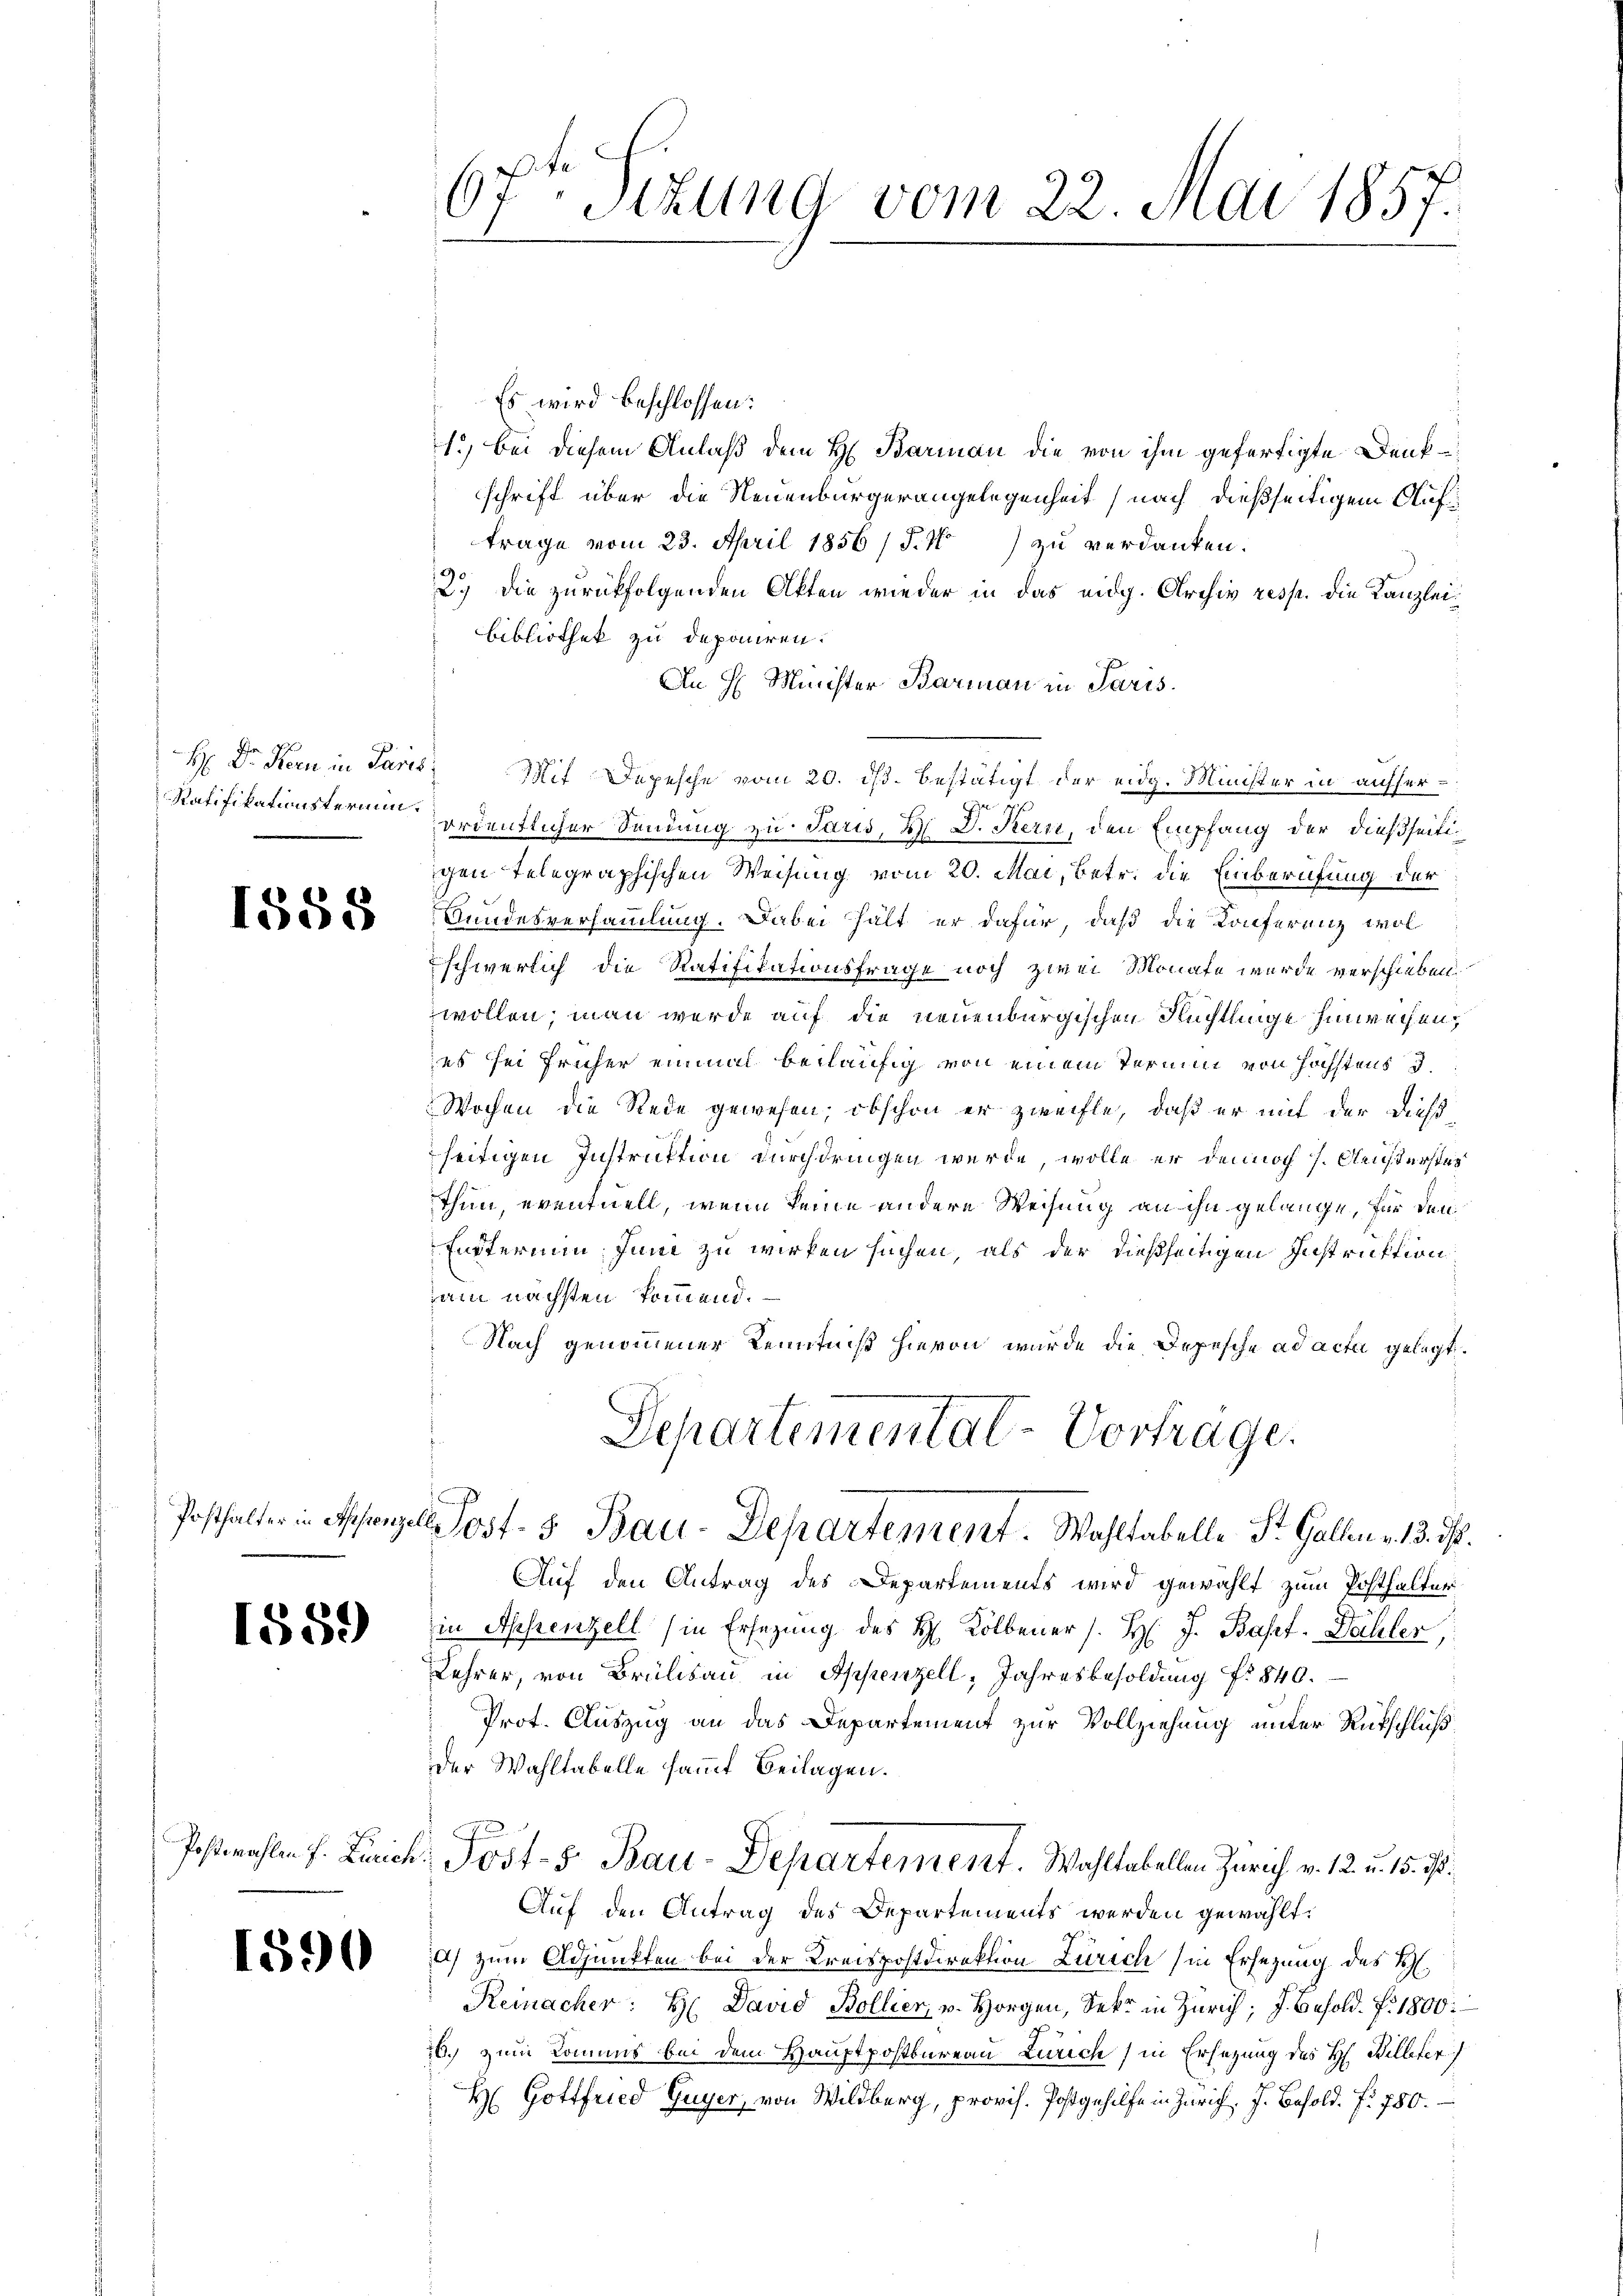
H: Dr. Kern in Paris
Ratifikationstermin.

1555

1859

Postwahlen f. Zürich.

1590

67ten Sitzung vom 22. Mai 1857.

Es wird beschlossen:
1.) bei diesem Anlaß dem H. Barmann die von ihm gefertigte Denkschrift über die Neuenburgerangelegenheit (nach dießseitigem Auftrage vom 23. April 1856 /F. 4) zu verdanken.
29 die zurückfolgenden Akten wieder in das eidg. Archiv resp. die Kanzlei¬
Bibliothek zu deponiren.
An H. Minister Barman in Paris.
Mit Depesche vom 20. ds. bestätigt der eidg. Minister in aufferordentlicher Sendung zu Paris, M. D. Kern, den Empfang der dießseitigen telegraphischen Weisung vom 20. Mai, betr. die Einberufung der
Rundesversammlung. Dabei hält er dafür, daß die Konferenz wol
schwerlich die Ratifikationsfrage noch zwei Monate wurde verschieben.
wollen; man werde auf die neuenburgischen Flüchtlinge hinweisen,
es sei früher einmal beiläufig von einem Termin von höchstens d
Wochen die Rede gewesen; obschon er zweifle, daß er mit der dieß
seitigen Instruktion durchdringen werde, wolle er dennoch 7. Aesterstes
thun, eventuell, wenn keine andere Weisung an ihn gelange, für den
Enterium Juni zu wirken suchen, als der dießseitigen Instruktion
jam nächsten kommend.
Nach genommener Kenntniß hievon wurde die Depesche ad acta gelegt.
Departemental-Vortrage.
Posthalter in Offergel Post- 5. Bau-Departement. Wohltabelle St. Gallen v. 13. d.
Auf den Antrag des Departements wird gewählt zum Posthalter
in Appenzell (in Ersezung des H. Kolbener /. H. J. Bapf. Dähler,
Lehrer, von Brülisau in Appenzell, Jahresbesoldung fr. 840.
Prot. Auszug an das Departement zur Vollziehung unter Rückschluß
Der Wahltabelle sammt Beilagen.
Post- 5. Bau-Departement. Wahltabellen Zürich v. 12. u. 15. ds.
Auf den Antrag des Departements werden gewählt:
a) zum Adjunkten bei der Kreispostdirektion Zürich in Ersezung des H.
Reinacher: H David Bollier, u. Horgen, Sekr. in Zürich; J. Besold. f. 1800.
26.) zum Kommuns bei dem Hauptpostbureau Zürich) in Ersezung des H. Billeter
H Gottfried Guyer, von Wildberg, provis. Postgehilfe in Zürich. J. Besold. f. 750.